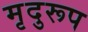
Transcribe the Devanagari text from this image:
मृदुरूप